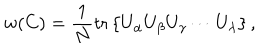
w ( C ) = \frac { 1 } { N } \mathrm { t r } \left\{ U _ { \alpha } U _ { \beta } U _ { \gamma } \cdots U _ { \lambda } \right\} ,